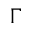
\Gamma